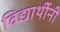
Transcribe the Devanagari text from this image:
विद्यार्थीनी